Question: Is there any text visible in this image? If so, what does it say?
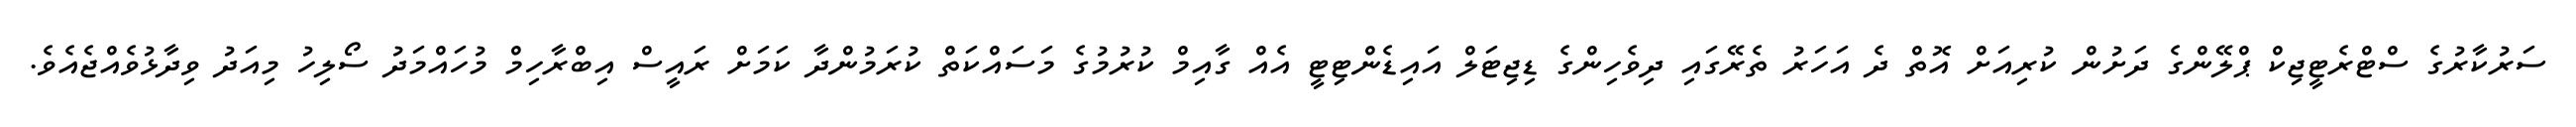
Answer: ސަރުކާރުގެ ސްޓްރެޓީޖިކް ޕްލޭންގެ ދަށުން ކުރިއަށް އޮތް ދެ އަހަރު ތެރޭގައި ދިވެހިންގެ ޑިޖިޓަލް އައިޑެންޓިޓީ އެއް ގާއިމް ކުރުމުގެ މަސައްކަތް ކުރަމުންދާ ކަމަށް ރައީސް އިބްރާހިމް މުހައްމަދު ސޯލިހު މިއަދު ވިދާޅުވެއްޖެއެވެ.